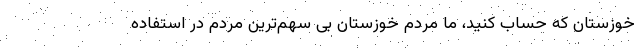
خوزستان که حساب کنید، ما مردم خوزستان بی سهم‌ترین مردم در استفاده